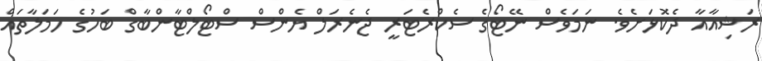
ރަޝިއާއާ ދެކޮޅަށެވެ. ނަމަވެސް ނޭޓޯގެ ސެކްރެޓަރީ ޖެނެރަލް ޔެންސް ސްޓޯލްޓާންބާގް ބަހުގެ ހަމަލާތައް